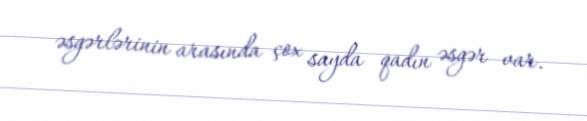
əsgərlərinin arasında çox sayda qadın əsgər var.